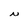
Character: N